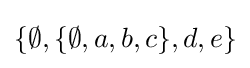
\{\emptyset ,\{\emptyset ,a,b,c\},d,e\}